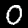
Label: 0